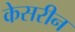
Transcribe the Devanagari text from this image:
केसरीन